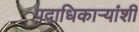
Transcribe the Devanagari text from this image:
पदाधिकार्‍यांशी